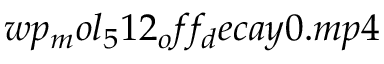
w p _ { m } o l _ { 5 } 1 2 _ { o } f f _ { d } e c a y 0 . m p 4